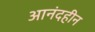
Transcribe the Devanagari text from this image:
आनंदहीन